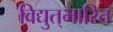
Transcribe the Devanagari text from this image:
विद्युत्‌भारित